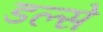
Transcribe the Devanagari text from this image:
डल्से